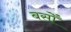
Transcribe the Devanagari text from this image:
बसोँ